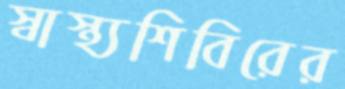
স্বাস্থ্যশিবিরের